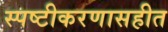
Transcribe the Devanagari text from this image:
स्पष्टीकरणासहीत